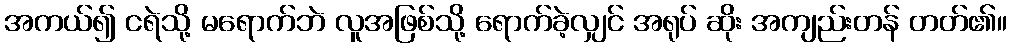
အကယ်၍ ငရဲသို့ မရောက်ဘဲ လူအဖြစ်သို့ ရောက်ခဲ့လျှင် အရုပ် ဆိုး အကျည်းတန် တတ်၏။